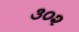
૩૦૨